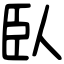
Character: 臥